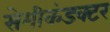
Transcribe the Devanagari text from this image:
सेमीकंडक्‍टर